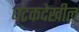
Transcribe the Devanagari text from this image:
घटकदेखील